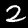
Digit: 2